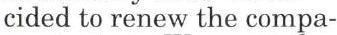
cided to renew the compa-